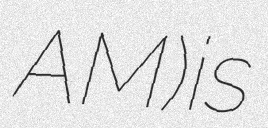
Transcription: AM) is